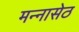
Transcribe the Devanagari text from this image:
मन्नासेठ